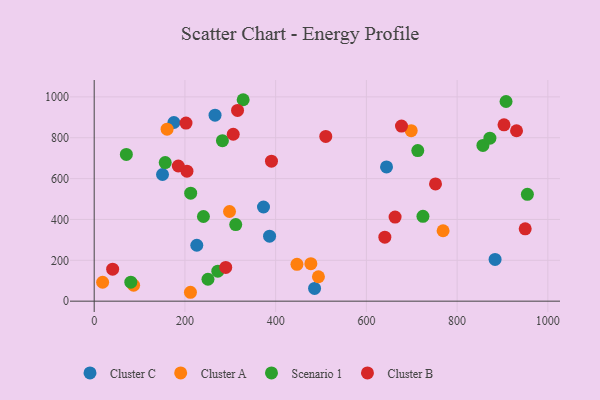
{"axis": {"x": "Speed", "y": "Fuel Efficiency"}, "legend": ["Cluster A", "Cluster B", "Cluster C", "Scenario 1"], "data": [{"x": "150.6", "y": 620.1, "type": "Cluster C"}, {"x": "373.2", "y": 461.0, "type": "Cluster C"}, {"x": "386.6", "y": 318.2, "type": "Cluster C"}, {"x": "266.4", "y": 910.4, "type": "Cluster C"}, {"x": "644.4", "y": 657.0, "type": "Cluster C"}, {"x": "175.7", "y": 874.7, "type": "Cluster C"}, {"x": "883.7", "y": 204.1, "type": "Cluster C"}, {"x": "226.2", "y": 273.6, "type": "Cluster C"}, {"x": "485.8", "y": 62.3, "type": "Cluster C"}, {"x": "18.6", "y": 92.5, "type": "Cluster A"}, {"x": "298.3", "y": 439.0, "type": "Cluster A"}, {"x": "212.2", "y": 43.5, "type": "Cluster A"}, {"x": "86.9", "y": 77.8, "type": "Cluster A"}, {"x": "447.0", "y": 180.1, "type": "Cluster A"}, {"x": "477.6", "y": 183.5, "type": "Cluster A"}, {"x": "698.8", "y": 834.6, "type": "Cluster A"}, {"x": "494.3", "y": 119.5, "type": "Cluster A"}, {"x": "160.7", "y": 841.9, "type": "Cluster A"}, {"x": "769.1", "y": 344.6, "type": "Cluster A"}, {"x": "328.4", "y": 986.1, "type": "Scenario 1"}, {"x": "240.8", "y": 414.5, "type": "Scenario 1"}, {"x": "312.0", "y": 374.8, "type": "Scenario 1"}, {"x": "272.5", "y": 146.7, "type": "Scenario 1"}, {"x": "724.7", "y": 415.5, "type": "Scenario 1"}, {"x": "80.7", "y": 92.9, "type": "Scenario 1"}, {"x": "856.9", "y": 762.5, "type": "Scenario 1"}, {"x": "250.8", "y": 107.2, "type": "Scenario 1"}, {"x": "156.6", "y": 678.6, "type": "Scenario 1"}, {"x": "70.9", "y": 718.1, "type": "Scenario 1"}, {"x": "872.3", "y": 798.0, "type": "Scenario 1"}, {"x": "713.3", "y": 737.2, "type": "Scenario 1"}, {"x": "954.9", "y": 522.9, "type": "Scenario 1"}, {"x": "282.7", "y": 785.8, "type": "Scenario 1"}, {"x": "212.7", "y": 528.8, "type": "Scenario 1"}, {"x": "907.9", "y": 977.4, "type": "Scenario 1"}, {"x": "903.4", "y": 863.1, "type": "Cluster B"}, {"x": "316.0", "y": 933.8, "type": "Cluster B"}, {"x": "640.7", "y": 313.0, "type": "Cluster B"}, {"x": "306.5", "y": 817.0, "type": "Cluster B"}, {"x": "290.0", "y": 165.2, "type": "Cluster B"}, {"x": "510.5", "y": 806.6, "type": "Cluster B"}, {"x": "390.8", "y": 685.1, "type": "Cluster B"}, {"x": "677.4", "y": 857.1, "type": "Cluster B"}, {"x": "202.4", "y": 871.9, "type": "Cluster B"}, {"x": "950.1", "y": 354.1, "type": "Cluster B"}, {"x": "40.7", "y": 156.6, "type": "Cluster B"}, {"x": "204.5", "y": 636.4, "type": "Cluster B"}, {"x": "931.0", "y": 834.1, "type": "Cluster B"}, {"x": "752.4", "y": 573.7, "type": "Cluster B"}, {"x": "185.4", "y": 661.7, "type": "Cluster B"}, {"x": "663.3", "y": 411.7, "type": "Cluster B"}]}